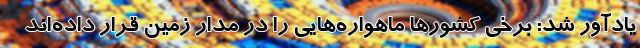
یادآور شد: برخی کشورها ماهواره‌هایی را در مدار زمین قرار داده‌اند